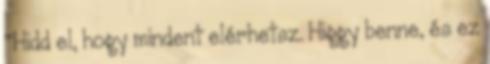
"Hidd el, hogy mindent elérhetsz. Higgy benne, és ez